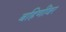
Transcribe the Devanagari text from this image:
बहिणींवर